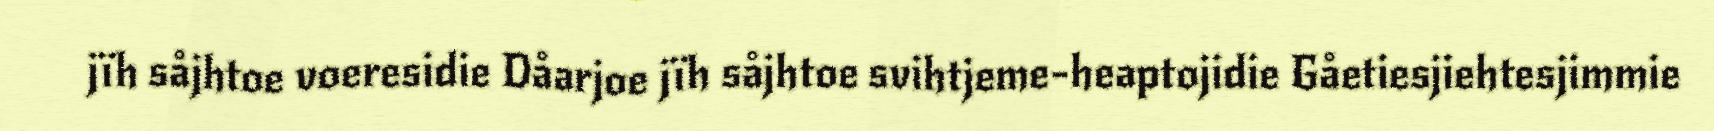
jïh såjhtoe voeresidie Dåarjoe jïh såjhtoe svihtjeme-heaptojidie Gåetiesjiehtesjimmie